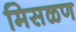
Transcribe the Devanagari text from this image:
मिसळण